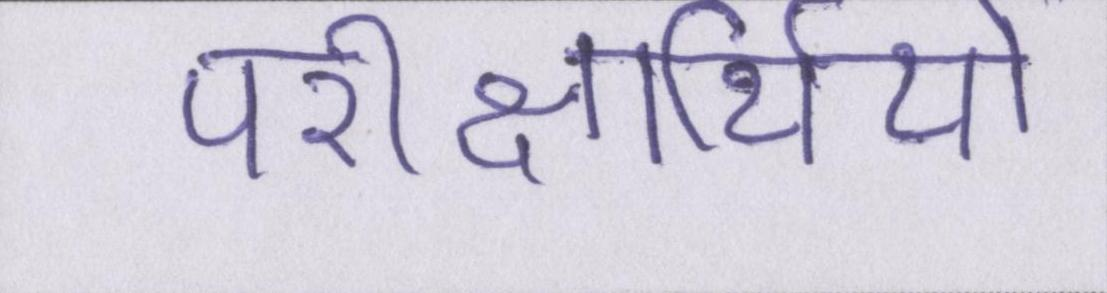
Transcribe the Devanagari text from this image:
परीक्षार्थियों